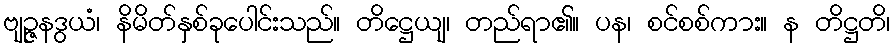
ဗျဉ္ဇနဒွယံ၊ နိမိတ်နှစ်ခုပေါင်းသည်။ တိဋ္ဌေယျ၊ တည်ရာ၏။ ပန၊ စင်စစ်ကား။ န တိဋ္ဌတိ၊